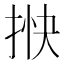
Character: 𢭴